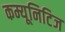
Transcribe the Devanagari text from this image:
कम्यूनिटिज